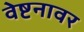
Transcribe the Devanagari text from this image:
वेष्टनावर